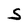
Character: S